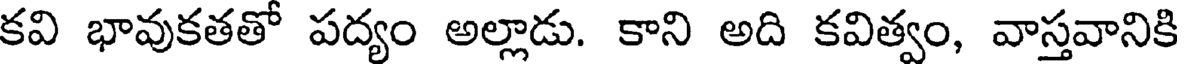
కవి భావుకతతో పద్యం అల్లాడు. కాని అది కవిత్వం, వాస్తవానికి